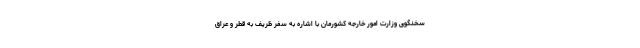
سخنگوی وزارت امور خارجه کشورمان با اشاره به سفر ظریف به قطر و عراق